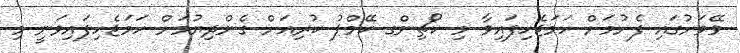
ވޭވަށުގައި ފެށުމަށް ހަމަޖެހިފައިވާ މި ކޯޗިންގ ކޭމްޕު ކުރިއަށް ގެންދިޔުމަށް ހަމަޖެހިފައިވަނީ މި